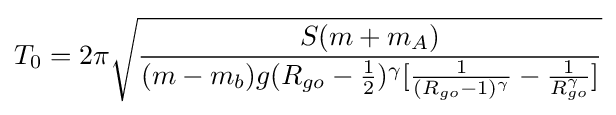
T_{0}=2\pi {\sqrt {\frac {S(m+m_{A})}{(m-m_{b})g(R_{go}-{\frac {1}{2}})^{\gamma }[{\frac {1}{(R_{go}-1)^{\gamma }}}-{\frac {1}{R_{go}^{\gamma }}}]}}}